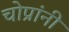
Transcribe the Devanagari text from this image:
चोप्रांनी